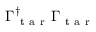
\Gamma _ { \mathrm { ~ t ~ a ~ r ~ } } ^ { \dagger } \Gamma _ { \mathrm { ~ t ~ a ~ r ~ } }